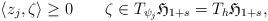
LaTeX: \begin{align*} \langle z_j,\zeta \rangle\geq 0 \qquad\zeta\in T_{\psi_j}\mathfrak{H}_{1+s}=T_h\mathfrak{H}_{1+s},\end{align*}